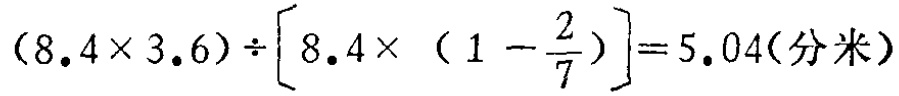
\((8.4\times3.6)\div\left[8.4\times\left(1 - \frac{2}{7}\right)\right]=5.04(\text{分米})\)